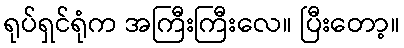
ရုပ်ရှင်ရုံက အကြီးကြီးလေ။ ပြီးတော့။